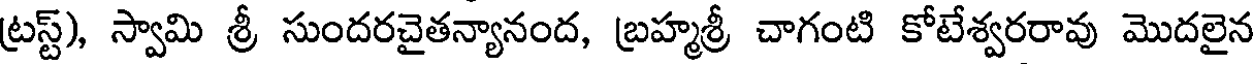
ట్రస్ట్), స్వామి శ్రీ సుందరచైతన్యానంద, బ్రహ్మశ్రీ చాగంటి కోటేశ్వరరావు మొదలైన